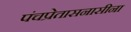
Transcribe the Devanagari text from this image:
पंचप्रेतासनासीना